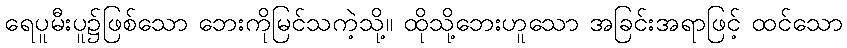
ရေပူမီးပူ၌ဖြစ်သော ဘေးကိုမြင်သကဲ့သို့။ ထိုသို့ဘေးဟူသော အခြင်းအရာဖြင့် ထင်သော